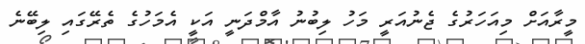
މީރާއަށް މިއަހަރުގެ ޖެނުއަރީ މަހު ލިބުނު އާމްދަނީ އަކީ އެމަހުގެ ތެރޭގައި ލިބޭނެ